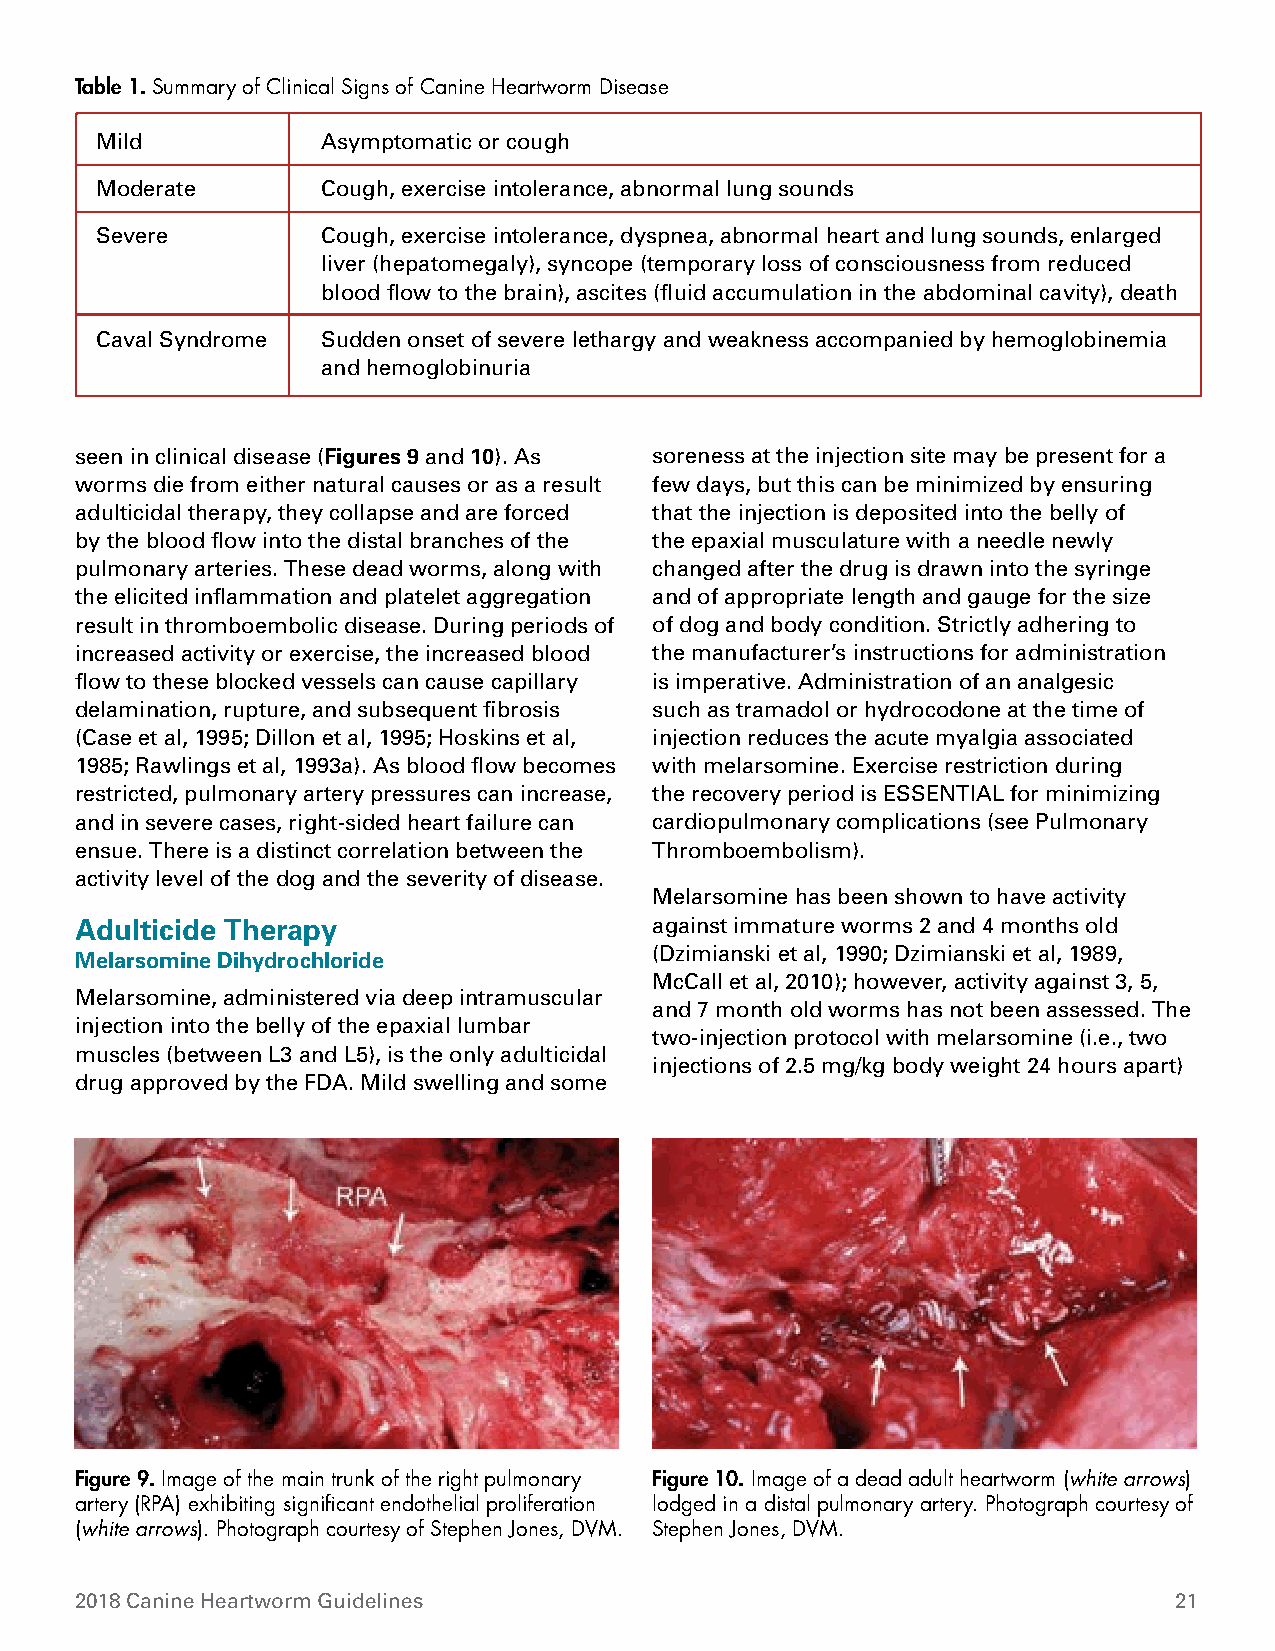
Table 1. Summary of Clinical Signs of Canine Heartworm Disease
 Mild           Asymptomatic or cough
 Moderate       Cough, exercise intolerance, abnormal lung sounds
 Severe         Cough, exercise intolerance, dyspnea, abnormal heart and lung sounds, enlarged
 liver (hepatomegaly), syncope (temporary loss of consciousness from reduced
 blood flow to the brain), ascites (fluid accumulation in the abdominal cavity), death
 Caval Syndrome Sudden onset of severe lethargy and weakness accompanied by hemoglobinemia
 and hemoglobinuria
 seen in clinical disease (Figures 9 and 10). As soreness at the injection site may be present for a
 worms die from either natural causes or as a result few days, but this can be minimized by ensuring
 adulticidal therapy, they collapse and are forced that the injection is deposited into the belly of
 by the blood flow into the distal branches of the the epaxial musculature with a needle newly
 pulmonary arteries. These dead worms, along with changed after the drug is drawn into the syringe
 the elicited inflammation and platelet aggregation and of appropriate length and gauge for the size
 result in thromboembolic disease. During periods of of dog and body condition. Strictly adhering to
 increased activity or exercise, the increased blood the manufacturer’s instructions for administration
 flow to these blocked vessels can cause capillary is imperative. Administration of an analgesic
 delamination, rupture, and subsequent fibrosis such as tramadol or hydrocodone at the time of
 (Case et al, 1995; Dillon et al, 1995; Hoskins et al, injection reduces the acute myalgia associated
 1985; Rawlings et al, 1993a). As blood flow becomes with melarsomine. Exercise restriction during
 restricted, pulmonary artery pressures can increase, the recovery period is ESSENTIAL for minimizing
 and in severe cases, right-sided heart failure can cardiopulmonary complications (see Pulmonary
 ensue. There is a distinct correlation between the Thromboembolism).
 activity level of the dog and the severity of disease.
 Melarsomine has been shown to have activity
 Adulticide Therapy                    against immature worms 2 and 4 months old
 (Dzimianski et al, 1990; Dzimianski et al, 1989,
 Melarsomine Dihydrochloride
 McCall et al, 2010); however, activity against 3, 5,
 Melarsomine, administered via deep intramuscular
 and 7 month old worms has not been assessed. The
 injection into the belly of the epaxial lumbar
 two-injection protocol with melarsomine (i.e., two
 muscles (between L3 and L5), is the only adulticidal
 injections of 2.5 mg/kg body weight 24 hours apart)
 drug approved by the FDA. Mild swelling and some
 Figure 9. Image of the main trunk of the right pulmonary Figure 10. Image of a dead adult heartworm (white arrows)
 artery (RPA) exhibiting significant endothelial proliferation lodged in a distal pulmonary artery. Photograph courtesy of
 (white arrows). Photograph courtesy of Stephen Jones, DVM. Stephen Jones, DVM.
 2018 Canine Heartworm Guidelines                                         21